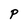
Character: P